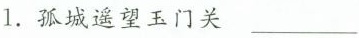
1.孤城遥望玉门关____